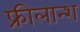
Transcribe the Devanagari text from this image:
फ्रीलान्श